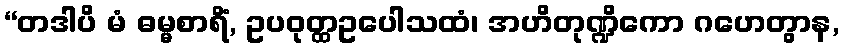
“တဒါပိ မံ ဓမ္မစာရိံ, ဥပဝုတ္ထဥပေါသထံ၊ အဟိတုဏ္ဍိကော ဂဟေတွာန,